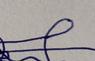
Signature authenticity: forged